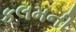
કલમની